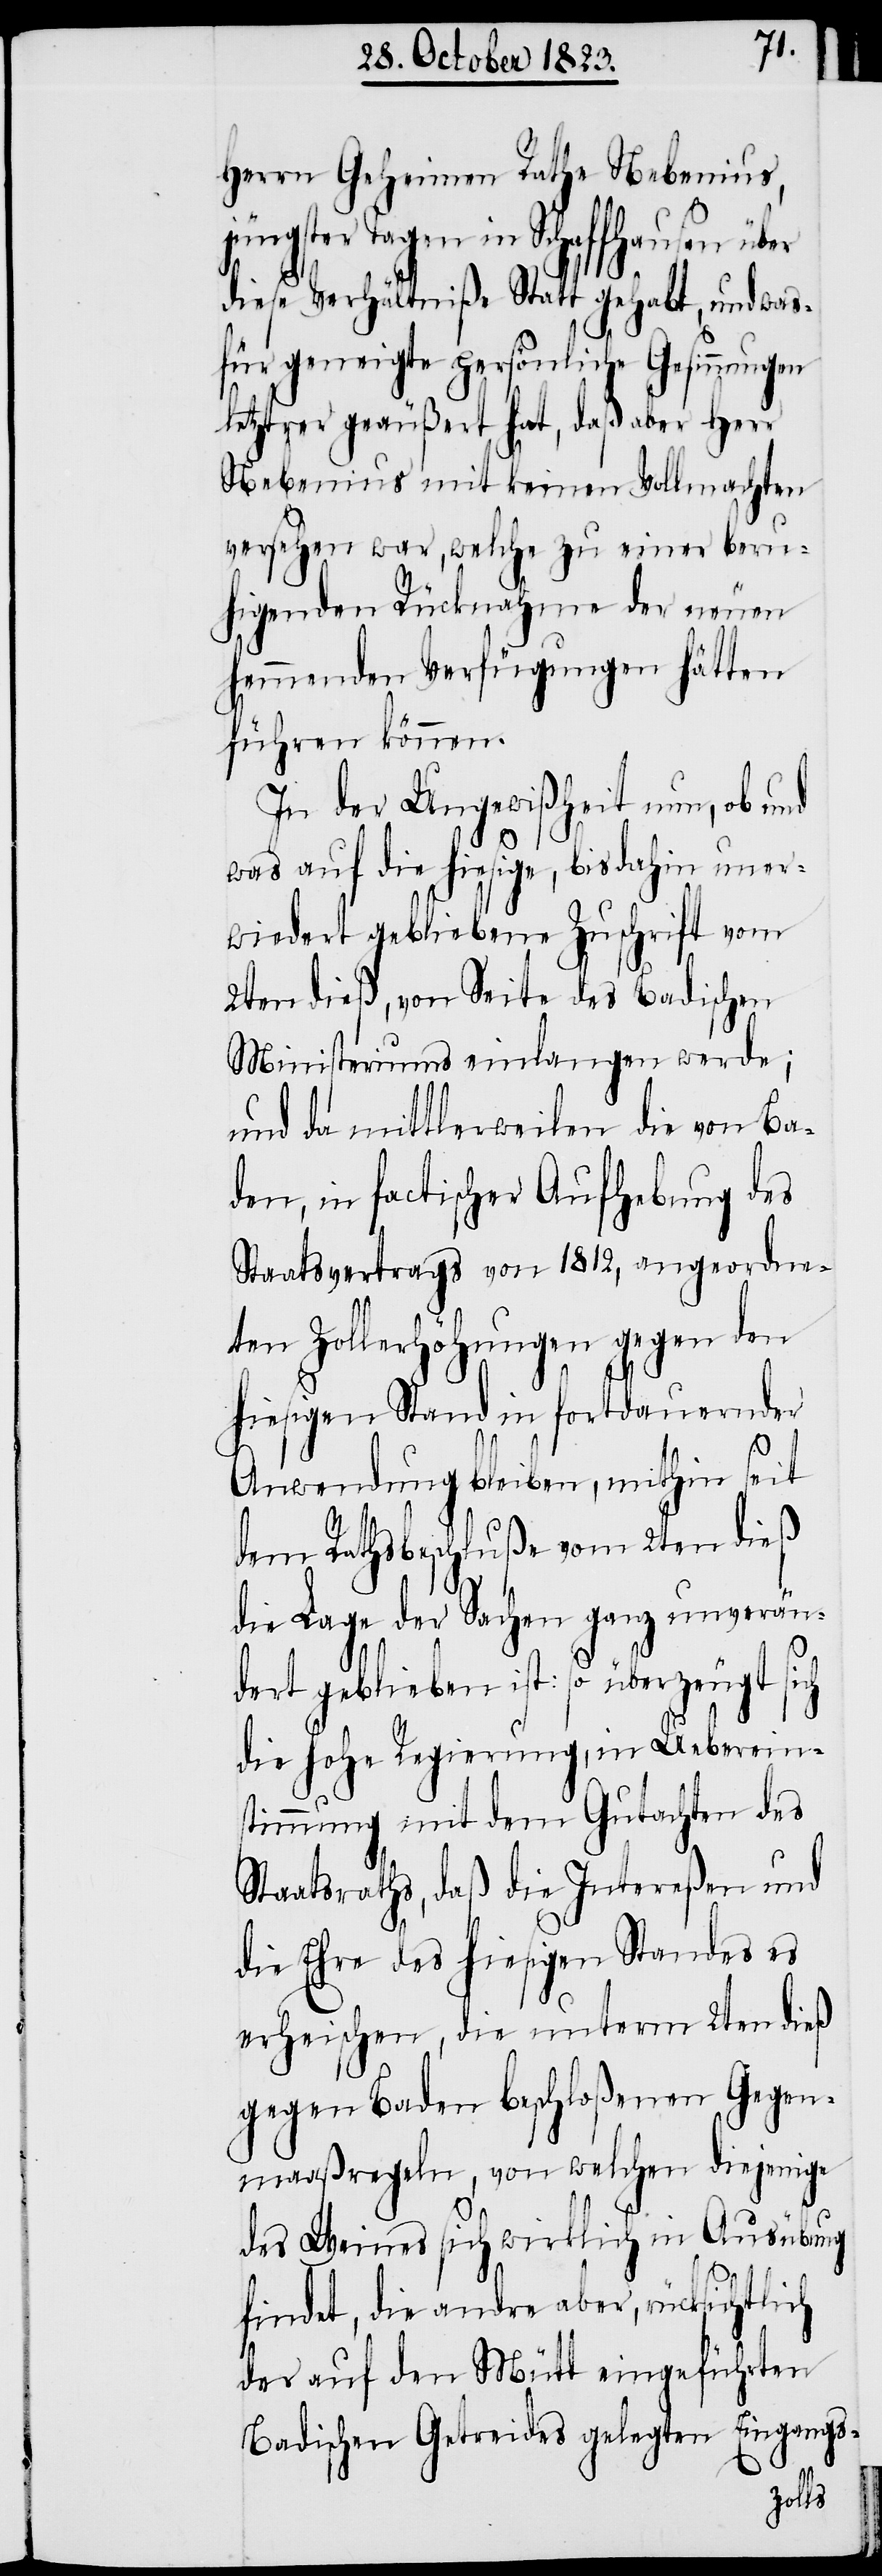
Herrn Geheimen Rathe Nebenius,
Tagen in Schaffhausen über
diese Verhältniße Statt gehabt, und was¬
für geneigte persönliche Gesinnungen
letzterer geäußert hat, daß aber Herr
Nebenius mit keinen Vollmachten
versehen war, welche zu einer beru¬
higenden Rücknahme der neuen
hemmenden Verfügungen hätten
führen können.
In der Ungewißheit nun, ob und
was auf die hiesige, bis dahin uner¬
wiedert gebliebene Zuschrift vom
2ten dieß, von Seite des Badischen
Ministeriums einlangen werde;
und da mittlerweilen die von Ba¬
den, in factischer Aufhebung des
Staatsvertrags von 1812, angeordne¬
ten Zollerhöhungen gegen den
hiesigen Stand in fortdauernder
Anwendung bleiben, mithin seit
dem Rathsbeschluße vom 2ten dieß
die Lage der Sachen ganz unverän¬
dert geblieben ist: so überzeugt sich
die hohe Regierung, in Uebereins¬
timmung mit dem Gutachten des
Staatsraths, daß die Intereßen und
die Ehre des hiesigen Standes es
erheischen, die unterm 2ten dieß
gegen Baden beschloßenen Gegen¬
maaßregeln, von welchen diejenige
des Weines sich wirklich in Ausübung
findet, die andre aber, rücksichtlich
der auf den Mütt eingeführten
Badischen Getreides gelegten Eingangs-